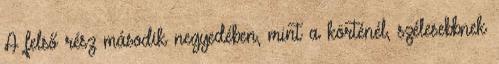
A felső rész második negyedében, mint a körténél, szélesebbnek